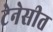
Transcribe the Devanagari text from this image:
टेनेसीत